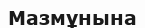
Мазмұнына